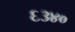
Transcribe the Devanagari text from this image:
६३४०